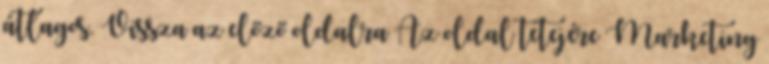
átlagos. Vissza az előző oldalra Az oldal tetejére Marketing